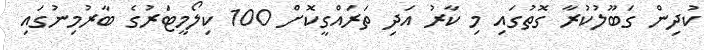
ކުދިން ގަބޫލުކުރާ ގޮތުގައި މި ކާރު އަދި ތަރައްގީކޮށް 100 ކިލޯމީޓަރުގެ ބާރުމިނުގައި